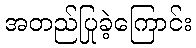
အတည်ပြုခဲ့ကြောင်း